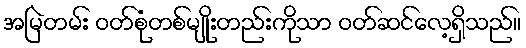
အမြဲတမ်း ဝတ်စုံတစ်မျိုးတည်းကိုသာ ဝတ်ဆင်လေ့ရှိသည်။